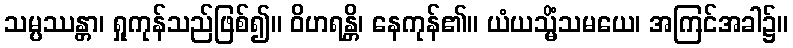
သမ္ပဿန္တာ၊ ရှုကုန်သည်ဖြစ်၍။ ဝိဟရန္တိ၊ နေကုန်၏။ ယံယသ္မိံသမယေ၊ အကြင်အခါ၌။